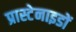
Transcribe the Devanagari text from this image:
प्रास्टेनाइडों